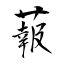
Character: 蕔